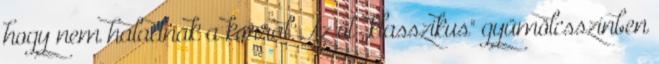
hogy nem haladnak a korral. Az öt ,,klasszikus" gyümölcsszínben